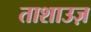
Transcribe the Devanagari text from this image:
ताशाउज़